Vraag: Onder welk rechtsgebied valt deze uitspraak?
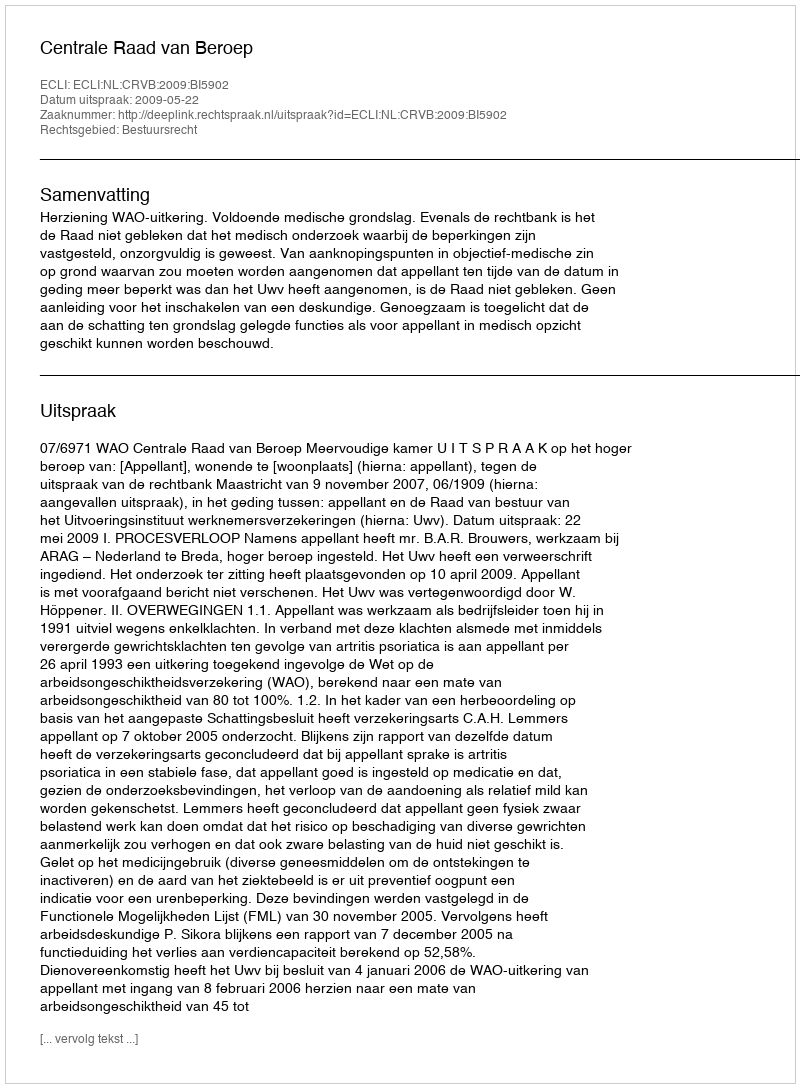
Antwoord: Bestuursrecht